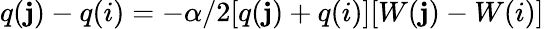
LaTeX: q(\mathbf{j})-q(i)=-\alpha/2[q(\mathbf{j})+q(i)][W(\mathbf{j})-W(i)]